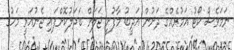
ނަމަވެސް ކޯޓު އަމުރެއްގެ ދަށުން އަދީބު މާފުށީ ޖަލަށް ބަދަލުކޮށްފައި ޖެނުއަރީ މަހުގެ